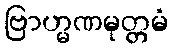
ဗြာဟ္မဏမုတ္တမံ